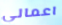
اعمالي